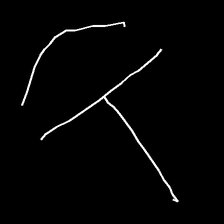
Glyph: dispersion